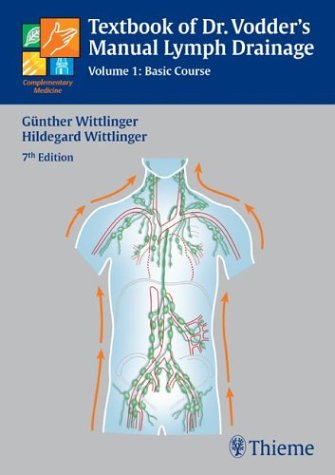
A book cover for Textbook of Dr. Vodder's Manual Lymph Drainage; Hildegard Wittlinger; Health, Fitness & Dieting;